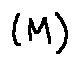
( M )